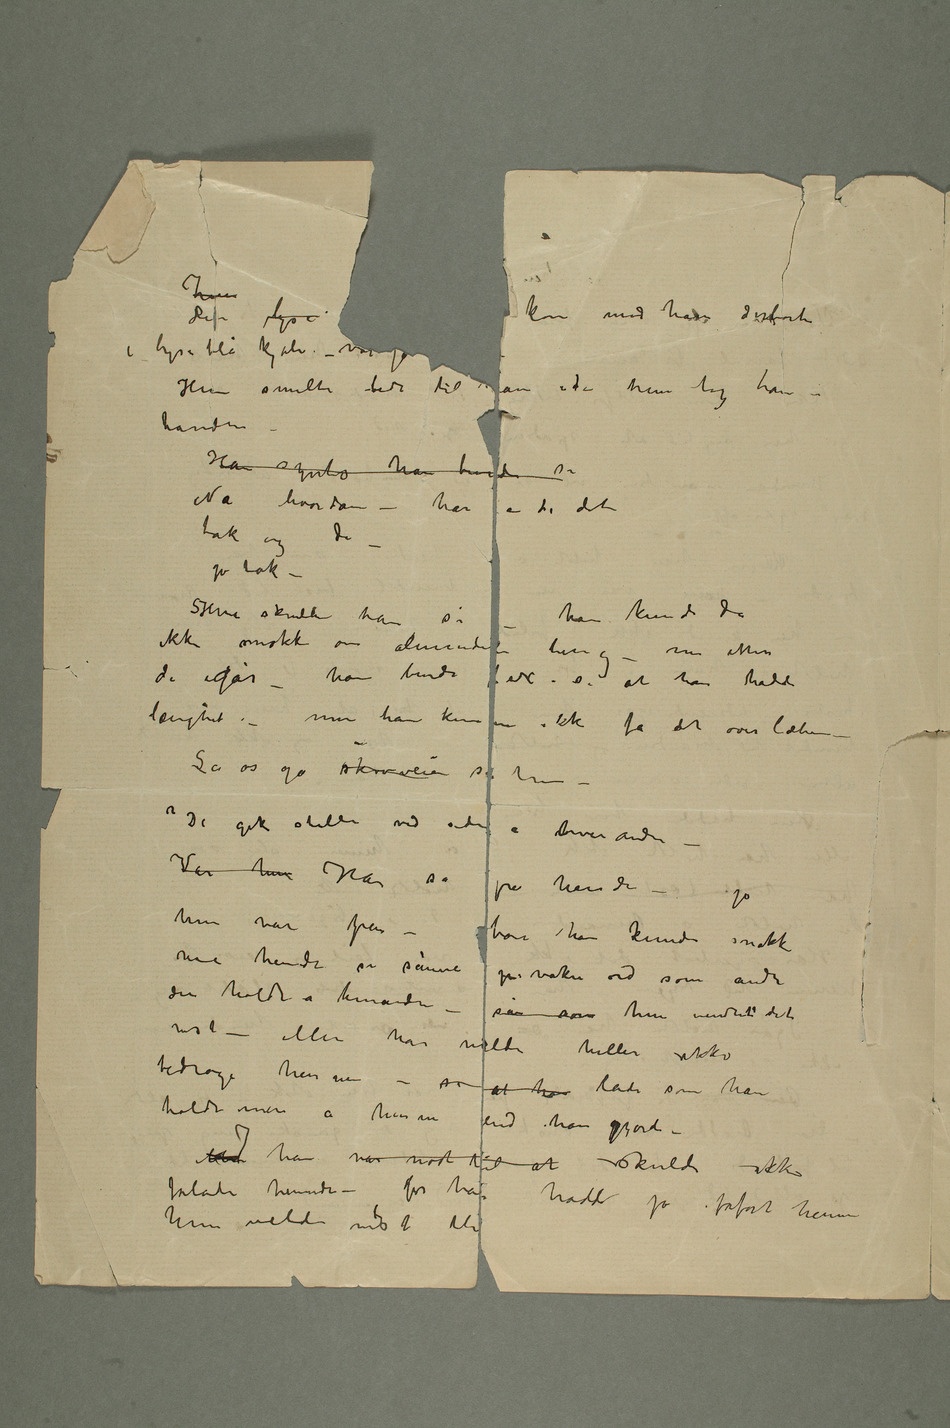
– Han syntes han burde si
Nå hvordan – har De det
tak og De
– jo tak
– SHva skulde han si –
han kunde da
ikke snakke om almindelige ting – nu etter
det igår – han burde f ex. si at han hadde
længtet – men han kunne ikke få det over læberne –
La os gå skovveien sa hun
– De gik stille ved siden a hverandre
– Var hun Han så
på hende – jo
hun var pen – bare han kunde snakke
med hende si sånne
p vakre ord som andre
der holdt a hinanden –
sån som hun vendet det
han vilde heller ikke
bedrage henne
– si at han lade som han
holdt mer a henne
han var nødt til at skulde ikke
forlate hende – for han hadde jo forført henne